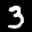
Label: 3